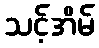
သင့်အိမ်